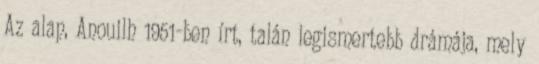
Az alap, Anouilh 1951-ben írt, talán legismertebb drámája, mely